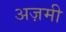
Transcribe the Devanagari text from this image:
अज़मी